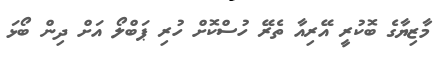
މާޒިޔާގެ ބޮކުރީ އޭރިއާ ތެރޭ ހުސްކޮށް ހުރި ޕަބްލޯ އަށް ދިން ބޯޅަ